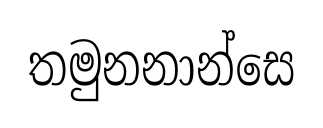
තමුනනාන්සෙ